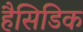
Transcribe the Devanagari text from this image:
हैसिडिक